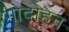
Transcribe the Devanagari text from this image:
गोदोहन